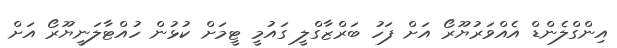
އިންގްލެންޑް އެއްވަރުޔޫރޯ އަށް ފަހު ބަރްޒާގްލީ ގައުމީ ޓީމަށް ކުޅުން ހުއްޓާލަނީޔޫރޯ އަށް